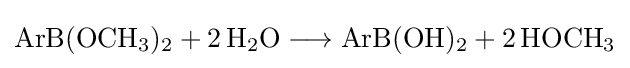
{\mathrm {ArB} (\mathrm {OCH} {\vphantom {A}}_{\smash[{t}]{3}}){\vphantom {A}}_{\smash[{t}]{2}}{}+{}2\,\mathrm {H} {\vphantom {A}}_{\smash[{t}]{2}}\mathrm {O} {}\mathrel {\longrightarrow } {}\mathrm {ArB} (\mathrm {OH} ){\vphantom {A}}_{\smash[{t}]{2}}{}+{}2\,\mathrm {HOCH} {\vphantom {A}}_{\smash[{t}]{3}}}